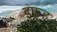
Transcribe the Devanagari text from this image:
इफ्रह